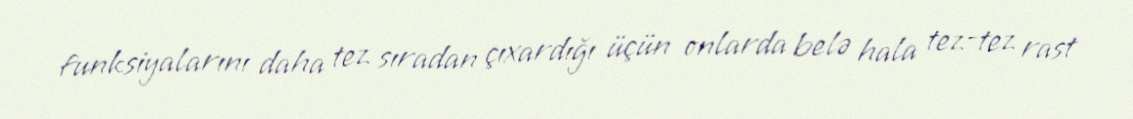
funksiyalarını daha tez sıradan çıxardığı üçün onlarda belə hala tez-tez rast